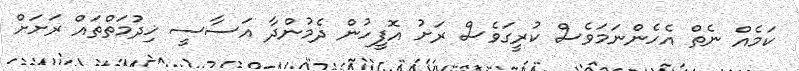
ކަމެއް ނެތް އެހެންނަމަވެސް ކުރީގަވެސް ރަށު އޮފީހުން ދެމުންދާ އަސާސީ ޚިދުމަތްތައް ރަށަށް